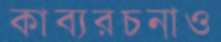
কাব্যরচনাও